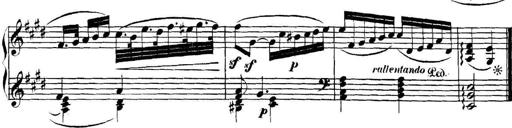
Title: Collected Piano Sonatas
Composer: Muzio Clementi